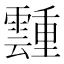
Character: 𬰎